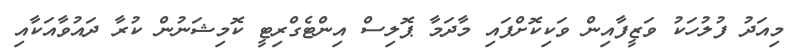
މިއަދު ފުލުހަކު ވަޒީފާއިން ވަކިކޮށްފައި މާދަމާ ޕޮލިސް އިންޓެގްރިޓީ ކޮމިޝަނުން ކުރާ ދައުވާއަކާއި